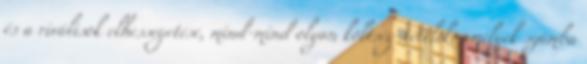
és a riválisok elhessegetése, mind-mind olyan költség-tételek, amelyek számba